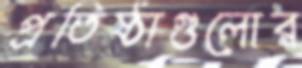
প্রতিষ্ঠাগুলোর